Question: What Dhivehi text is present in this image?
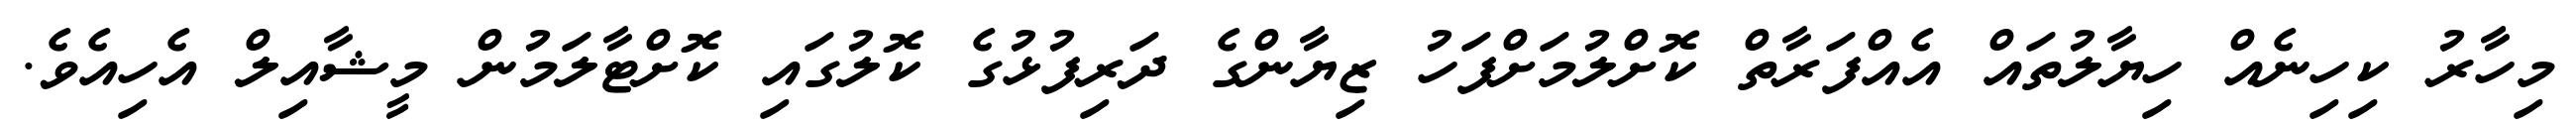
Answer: މިހާރު ކިހިނެއް ހިޔާލުތައް އެއްފަރާތް ކޮށްލުމަށްފަހު ޒިޔާންގެ ދަރިފުޅުގެ ކޮލުގައި ކޮށްޓާލަމުން މީޝާއިލް އެހިއެވެ.